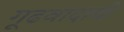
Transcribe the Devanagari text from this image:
गूढवादाची